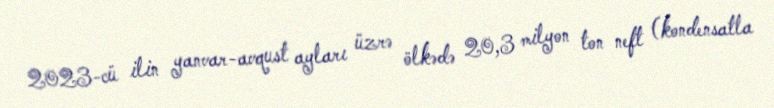
2023-cü ilin yanvar-avqust ayları üzrə ölkədə 20,3 milyon ton neft (kondensatla